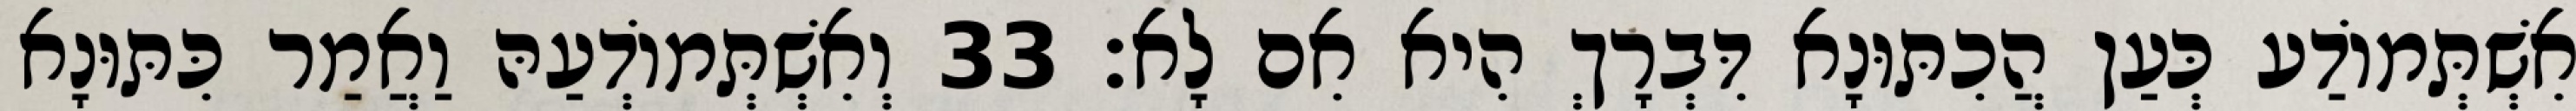
אִשְׁתְּמוֹדַע כְּעַן הֲכִתּוּנָא דִּבְרָךְ הִיא אִם לָא׃ 33 וְאִשְׁתְּמוֹדְעַהּ וַאֲמַר כִּתּוּנָא